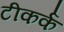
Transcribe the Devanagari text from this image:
टीकर्क